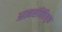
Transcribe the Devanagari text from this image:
आत्मसंवित्तियुक्त